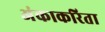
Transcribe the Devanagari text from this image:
अंकाकरिता